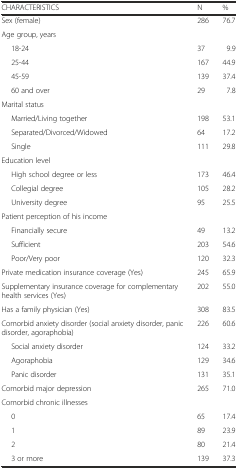
<table><thead><tr><td><b>CHARACTERISTICS</b></td><td><b>N</b></td><td><b>%</b></td></tr></thead><tbody><tr><td>Sex (female)</td><td>286</td><td>76.7</td></tr><tr><td colspan="3">Age group, years</td></tr><tr><td>18-24</td><td>37</td><td>9.9</td></tr><tr><td>25-44</td><td>167</td><td>44.9</td></tr><tr><td>45-59</td><td>139</td><td>37.4</td></tr><tr><td>60 and over</td><td>29</td><td>7.8</td></tr><tr><td colspan="3">Marital status</td></tr><tr><td>Married/Living together</td><td>198</td><td>53.1</td></tr><tr><td>Separated/Divorced/Widowed</td><td>64</td><td>17.2</td></tr><tr><td>Single</td><td>111</td><td>29.8</td></tr><tr><td colspan="3">Education level</td></tr><tr><td>High school degree or less</td><td>173</td><td>46.4</td></tr><tr><td>Collegial degree</td><td>105</td><td>28.2</td></tr><tr><td>University degree</td><td>95</td><td>25.5</td></tr><tr><td colspan="3">Patient perception of his income</td></tr><tr><td>Financially secure</td><td>49</td><td>13.2</td></tr><tr><td>Sufficient</td><td>203</td><td>54.6</td></tr><tr><td>Poor/Very poor</td><td>120</td><td>32.3</td></tr><tr><td>Private medication insurance coverage (Yes)</td><td>245</td><td>65.9</td></tr><tr><td>Supplementary insurance coverage for complementary health services (Yes)</td><td>202</td><td>55.0</td></tr><tr><td>Has a family physician (Yes)</td><td>308</td><td>83.5</td></tr><tr><td>Comorbid anxiety disorder (social anxiety disorder, panic disorder, agoraphobia)</td><td>226</td><td>60.6</td></tr><tr><td>Social anxiety disorder</td><td>124</td><td>33.2</td></tr><tr><td>Agoraphobia</td><td>129</td><td>34.6</td></tr><tr><td>Panic disorder</td><td>131</td><td>35.1</td></tr><tr><td>Comorbid major depression</td><td>265</td><td>71.0</td></tr><tr><td colspan="3">Comorbid chronic illnesses</td></tr><tr><td>0</td><td>65</td><td>17.4</td></tr><tr><td>1</td><td>89</td><td>23.9</td></tr><tr><td>2</td><td>80</td><td>21.4</td></tr><tr><td>3 or more</td><td>139</td><td>37.3</td></tr></tbody></table>